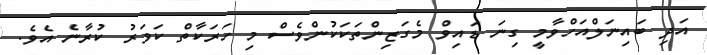
އަދި ބައިނަލްއަހްވާމީ ގިނަ ޑައިވް މެގަޒިންތަކަކުންވެސް މި ހަރަކާތް ކަވަރު ކުރާނެ އެވެ.